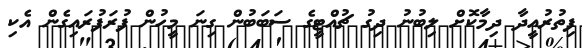
ފިތުރުއީދާ ދިމާކޮށް ލިބުނު ދިގު ޗުއްޓީގެ ސަބަބުން ގިނަ މީހުން ފުރަފުރައިގެން އެކި